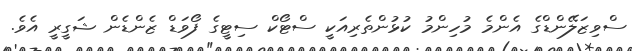
ސްވިޒަލޭންޑްގެ އެންމެ މުހިންމު ކުޅުންތެރިއަކީ ސްޓޯކް ސިޓީގެ ފޯވަޑް ޒެންޑެން ޝަގީރީ އެވެ.